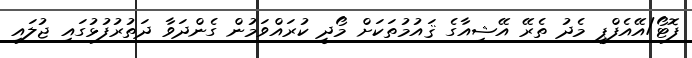
ފޮޓޯ/އޭއެފްޕީ މެދު ތެރޭ އޭޝިއާގެ ޤައުމުތަކަށް މޯދީ ކުރައްވަމުން ގެންދަވާ ދަތުރުފުޅުގައި ޖުލައި